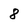
Character: 8